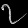
Digit: ၇